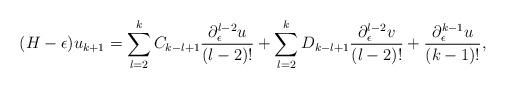
LaTeX: \begin{align*}(H-\epsilon)u_{k+1}=\sum_{l=2}^{k}C_{k-l+1}\frac{\partial_{\epsilon}^{l-2}u}{(l-2)!}+\sum_{l=2}^{k}D_{k-l+1}\frac{\partial_{\epsilon}^{l-2}v}{(l-2)!}+\frac{\partial_\epsilon^{k-1}u}{(k-1)!},\end{align*}